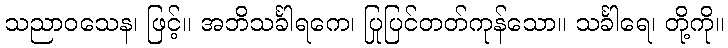
သညာဝသေန၊ ဖြင့်။ အဘိသင်္ခါရကေ၊ ပြုပြင်တတ်ကုန်သော။ သင်္ခါရေ၊ တို့ကို။